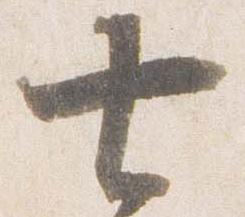
七